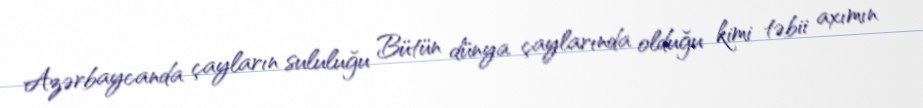
Azərbaycanda çayların sululuğu Bütün dünya çaylarında olduğu kimi təbii axımın